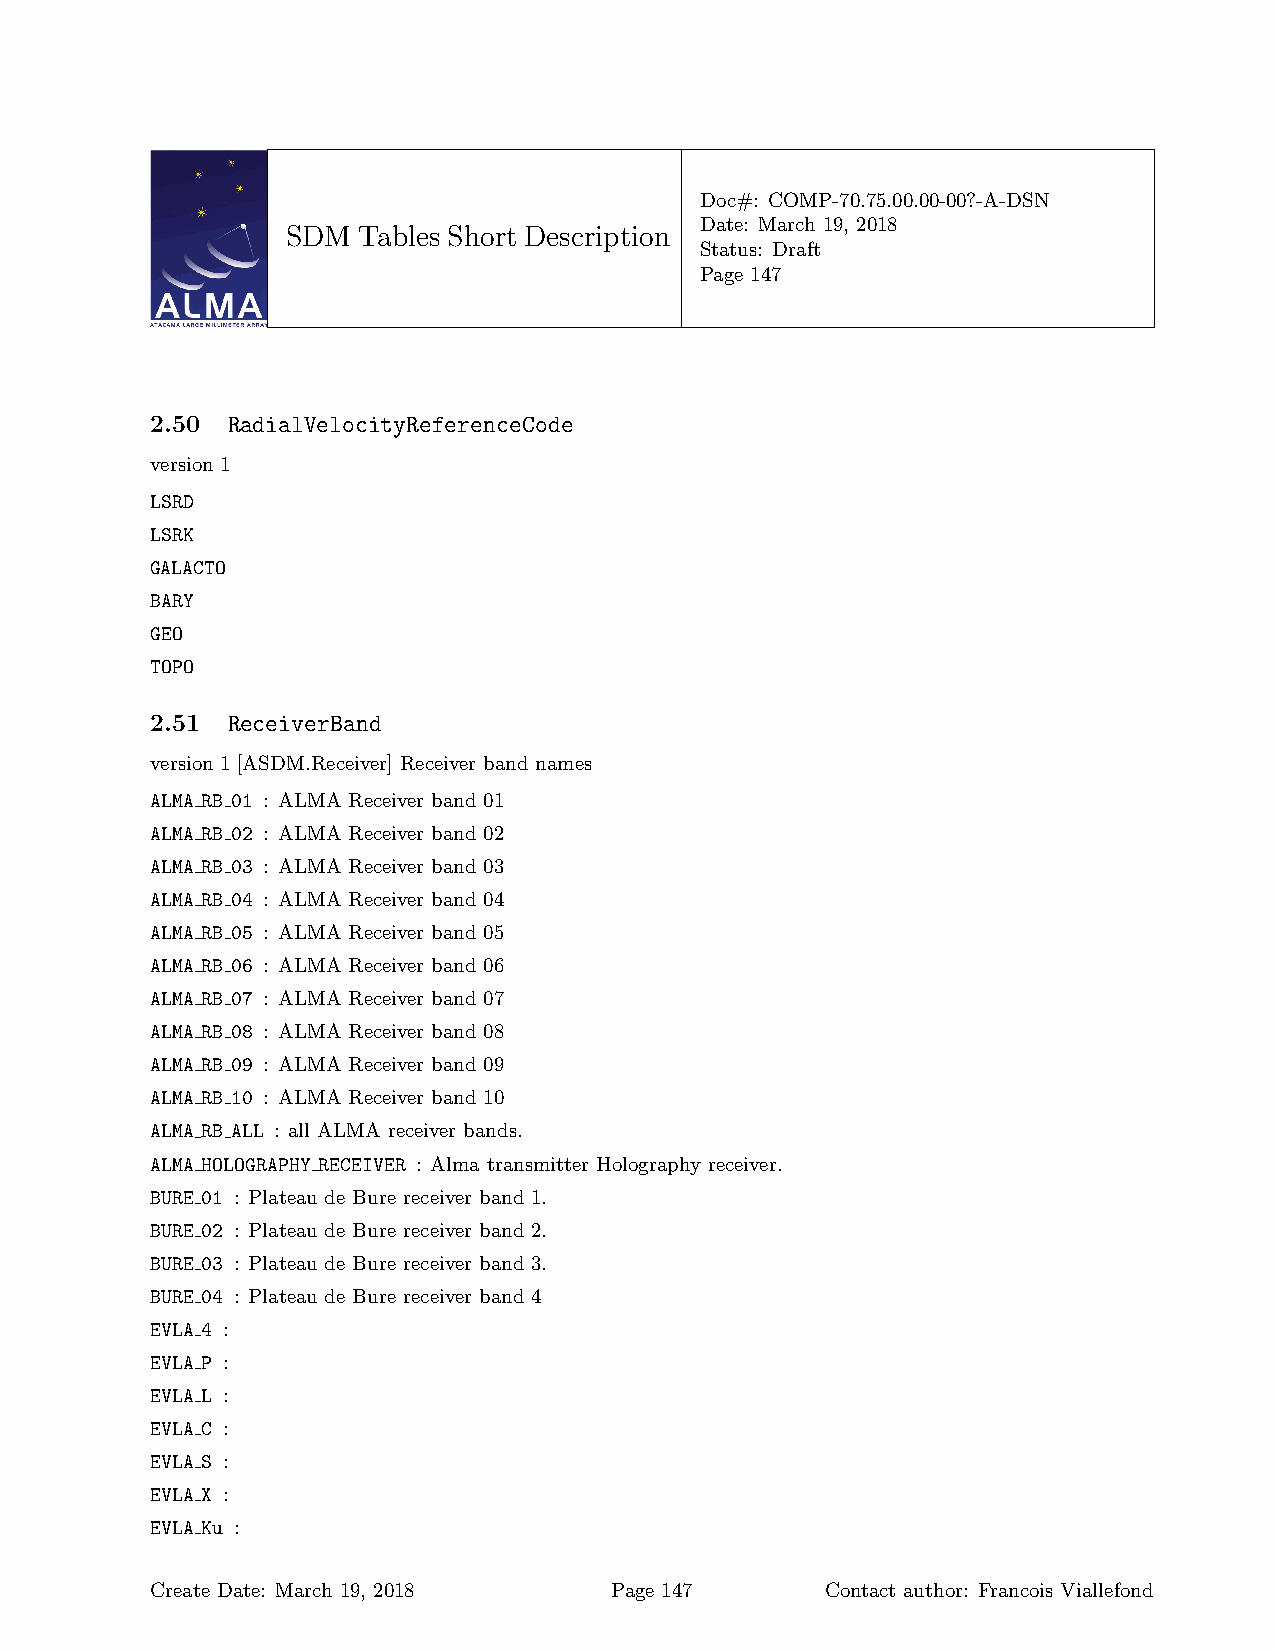
Doc#: COMP-70.75.00.00-00?-A-DSN
 Date: March 19, 2018
 SDM  Tables Short Description
 Status: Draft
 Page 147
 2.50 RadialVelocityReferenceCode
 version 1
 LSRD
 LSRK
 GALACTO
 BARY
 GEO
 TOPO
 2.51 ReceiverBand
 version 1 [ASDM.Receiver] Receiver band names
 ALMA RB 01 : ALMA Receiver band 01
 ALMA RB 02 : ALMA Receiver band 02
 ALMA RB 03 : ALMA Receiver band 03
 ALMA RB 04 : ALMA Receiver band 04
 ALMA RB 05 : ALMA Receiver band 05
 ALMA RB 06 : ALMA Receiver band 06
 ALMA RB 07 : ALMA Receiver band 07
 ALMA RB 08 : ALMA Receiver band 08
 ALMA RB 09 : ALMA Receiver band 09
 ALMA RB 10 : ALMA Receiver band 10
 ALMA RB ALL : all ALMA receiver bands.
 ALMA HOLOGRAPHY RECEIVER : Alma transmitter Holography receiver.
 BURE 01 : Plateau de Bure receiver band 1.
 BURE 02 : Plateau de Bure receiver band 2.
 BURE 03 : Plateau de Bure receiver band 3.
 BURE 04 : Plateau de Bure receiver band 4
 EVLA 4 :
 EVLA P :
 EVLA L :
 EVLA C :
 EVLA S :
 EVLA X :
 EVLA Ku :
 Create Date: March 19, 2018   Page 147       Contact author: Francois Viallefond